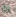
به